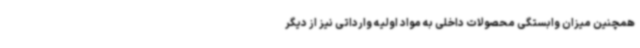
همچنین میزان وابستگی محصولات داخلی به مواد اولیه وارداتی نیز از دیگر